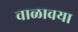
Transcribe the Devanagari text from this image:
चाळावया